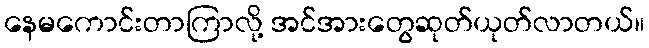
နေမကောင်းတာကြာလို့ အင်အားတွေဆုတ်ယုတ်လာတယ်။